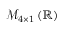
\mathcal { M } _ { 4 \times 1 } \left( \mathbb { R } \right)